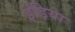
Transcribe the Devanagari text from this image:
इंड़िया